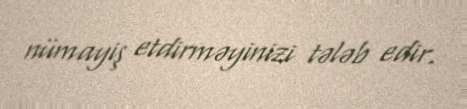
nümayiş etdirməyinizi tələb edir.